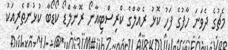
މެޗުގެ ދެވަނަ ހާފުގެ ފަހު ކޮޅު ރެއާލްގެ ކްރިސްޓިއާނޯ ރޮނާލްޑޯ ކޯޑޯބާ ކުޅުންތެރިއަކު